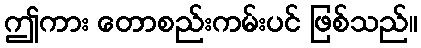
ဤကား တောစည်းကမ်းပင် ဖြစ်သည်။